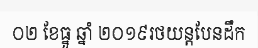
០២ ខែធ្នូ ឆ្នាំ ២០១៩រថយន្តបែនដឹក